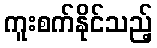
ကူးစက်နိုင်သည့်